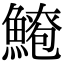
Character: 𫙫